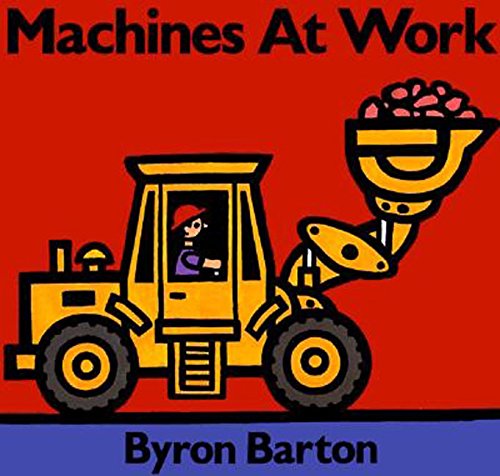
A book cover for Machines at Work Board Book; Byron Barton; Children's Books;